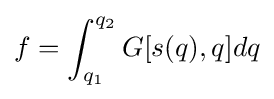
f=\int _{q_{1}}^{q_{2}}G[s(q),q]dq